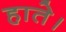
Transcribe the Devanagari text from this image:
हाते।